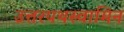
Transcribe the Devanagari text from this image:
उत्तरपथस्वामिन